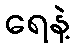
ရေနဲ့